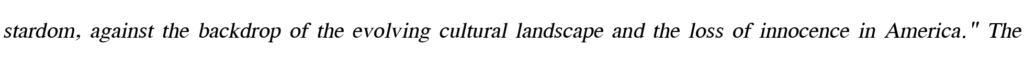
stardom, against the backdrop of the evolving cultural landscape and the loss of innocence in America." The